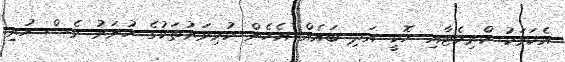
އެކަމަކު ކްރިކެޓާއި ހޮކީ އަދި ބައެއް އެހެން ކުޅިވަރުތަކުގެ ހުނަރު ވެސް ހުރި